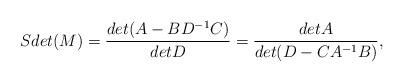
LaTeX: \begin{align*}Sdet(M)={det(A-BD^{-1}C) \over detD}={detA \over det(D-CA^{-1}B)},\end{align*}